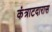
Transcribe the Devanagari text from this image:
कंत्राटदारास